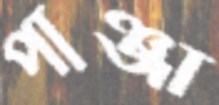
পাঞ্জা